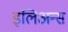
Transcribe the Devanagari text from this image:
इलिअन्स